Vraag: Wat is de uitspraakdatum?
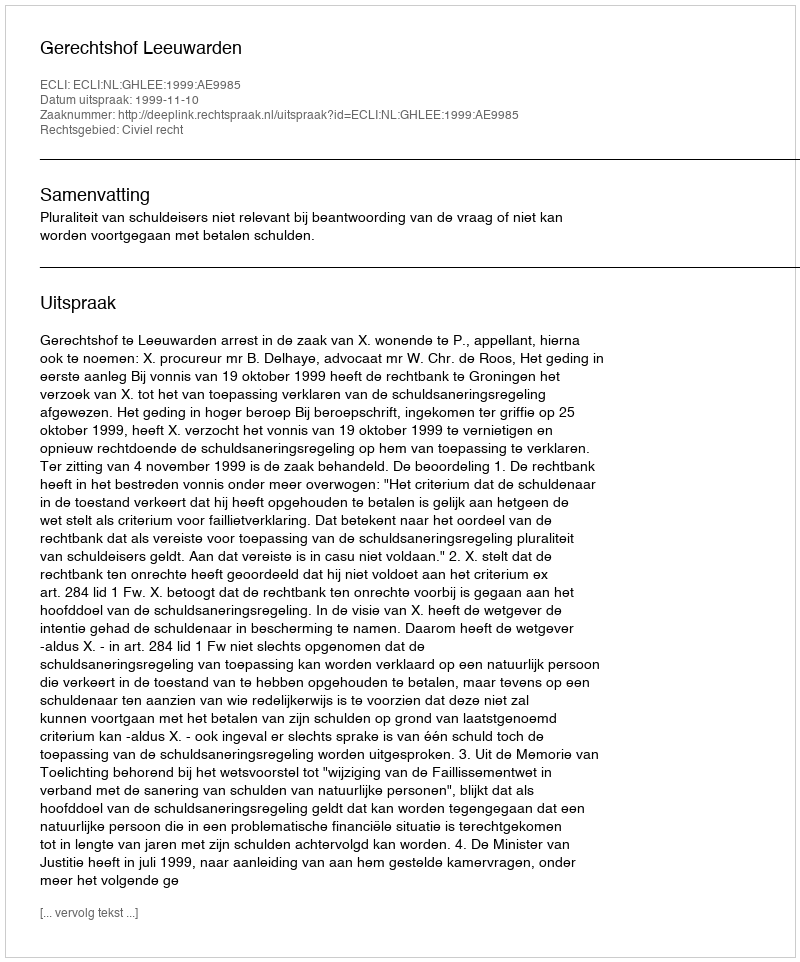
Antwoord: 1999-11-10